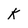
Character: k